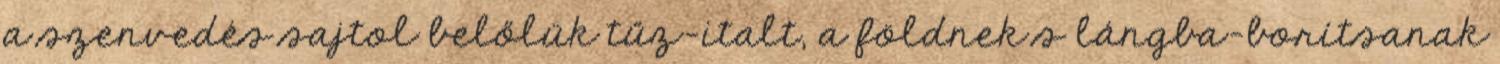
a szenvedés sajtol belőlük tűz-italt, a földnek s lángba-borítsanak